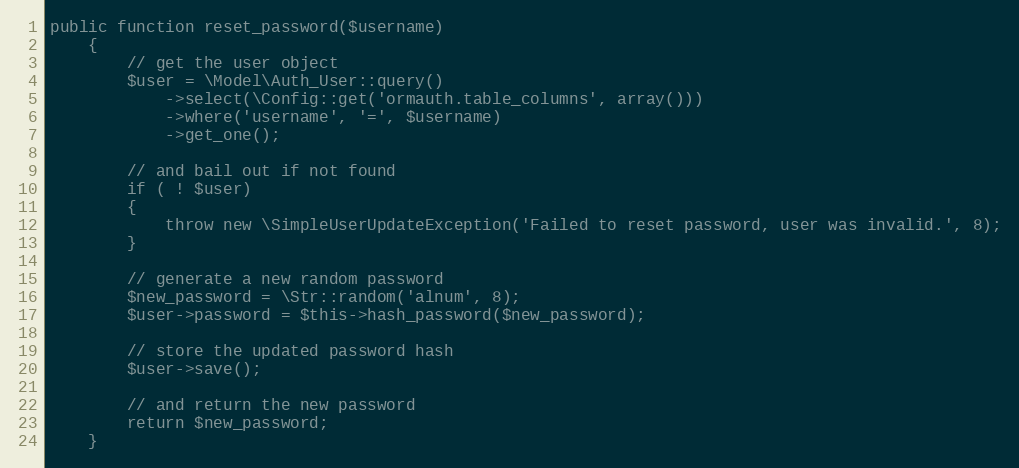
Language: PHP
public function reset_password($username)
	{
		// get the user object
		$user = \Model\Auth_User::query()
			->select(\Config::get('ormauth.table_columns', array()))
			->where('username', '=', $username)
			->get_one();

		// and bail out if not found
		if ( ! $user)
		{
			throw new \SimpleUserUpdateException('Failed to reset password, user was invalid.', 8);
		}

		// generate a new random password
		$new_password = \Str::random('alnum', 8);
		$user->password = $this->hash_password($new_password);

		// store the updated password hash
		$user->save();

		// and return the new password
		return $new_password;
	}